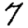
Digit: 7